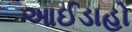
આઈડાહો